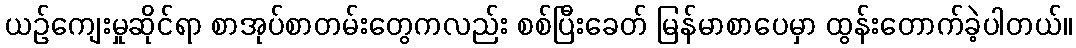
ယဉ်ကျေးမှုဆိုင်ရာ စာအုပ်စာတမ်းတွေကလည်း စစ်ပြီးခေတ် မြန်မာစာပေမှာ ထွန်းတောက်ခဲ့ပါတယ်။